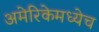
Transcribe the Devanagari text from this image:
अमेरिकेमध्येच